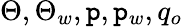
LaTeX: \Theta,\Theta_{w},\mathtt{p},\mathtt{p}_{w},q_{o}